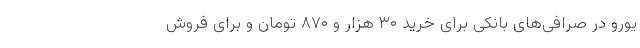
یورو در صرافی‌های بانکی برای خرید ۳۰ هزار و ۸۷۰ تومان و برای فروش